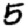
Digit: 5